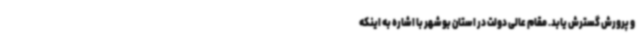
و پرورش گسترش یابد. مقام عالی دولت در استان بوشهر با اشاره به اینکه